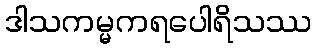
ဒါသကမ္မကရပေါရိသဿ